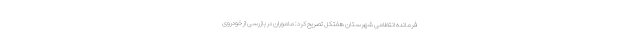
فرمانده انتظامی شهرستان هفتکل تصریح کرد: ماموران در بازرسی از خودروی